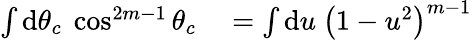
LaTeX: \begin{array}{rl}{\int\mathrm{d}\theta_{c}\ \cos^{2m-1}\theta_{c}}&{{}=\int\mathrm{d}u\ \left(1-u^{2}\right)^{m-1}}\end{array}